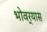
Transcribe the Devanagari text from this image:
भोवर्‍यास